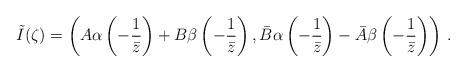
LaTeX: \begin{align*}\tilde{I}(\zeta)= \left(A \alpha\left(-\frac{1}{\bar{z}}\right) + B \beta\left(-\frac{1}{\bar{z}}\right), \bar{B} \alpha\left(-\frac{1}{\bar{z}}\right) - \bar{A} \beta\left(-\frac{1}{\bar{z}}\right) \right)\,.\end{align*}